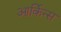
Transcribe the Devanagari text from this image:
आर्किन्स